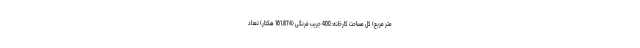
متر مربع) کل مساحت کارخانه: 400 جریب فرنگی (161.874 هکتار) تعداد